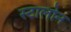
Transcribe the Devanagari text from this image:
स्टालोन